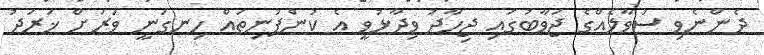
ދެންނެވި ސުވާލެއްގެ ޖަވާބުގައި ޖިހާދު ވިދާޅުވީ އެ ކުންފުނިތައް ހިނގަނީ ވަރަށް ޚަރަދު